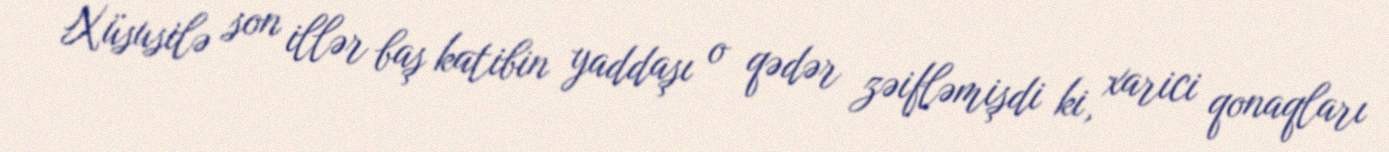
Xüsusilə son illər baş katibin yaddaşı o qədər zəifləmişdi ki, xarici qonaqları